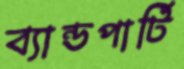
ব্যান্ডপার্টি